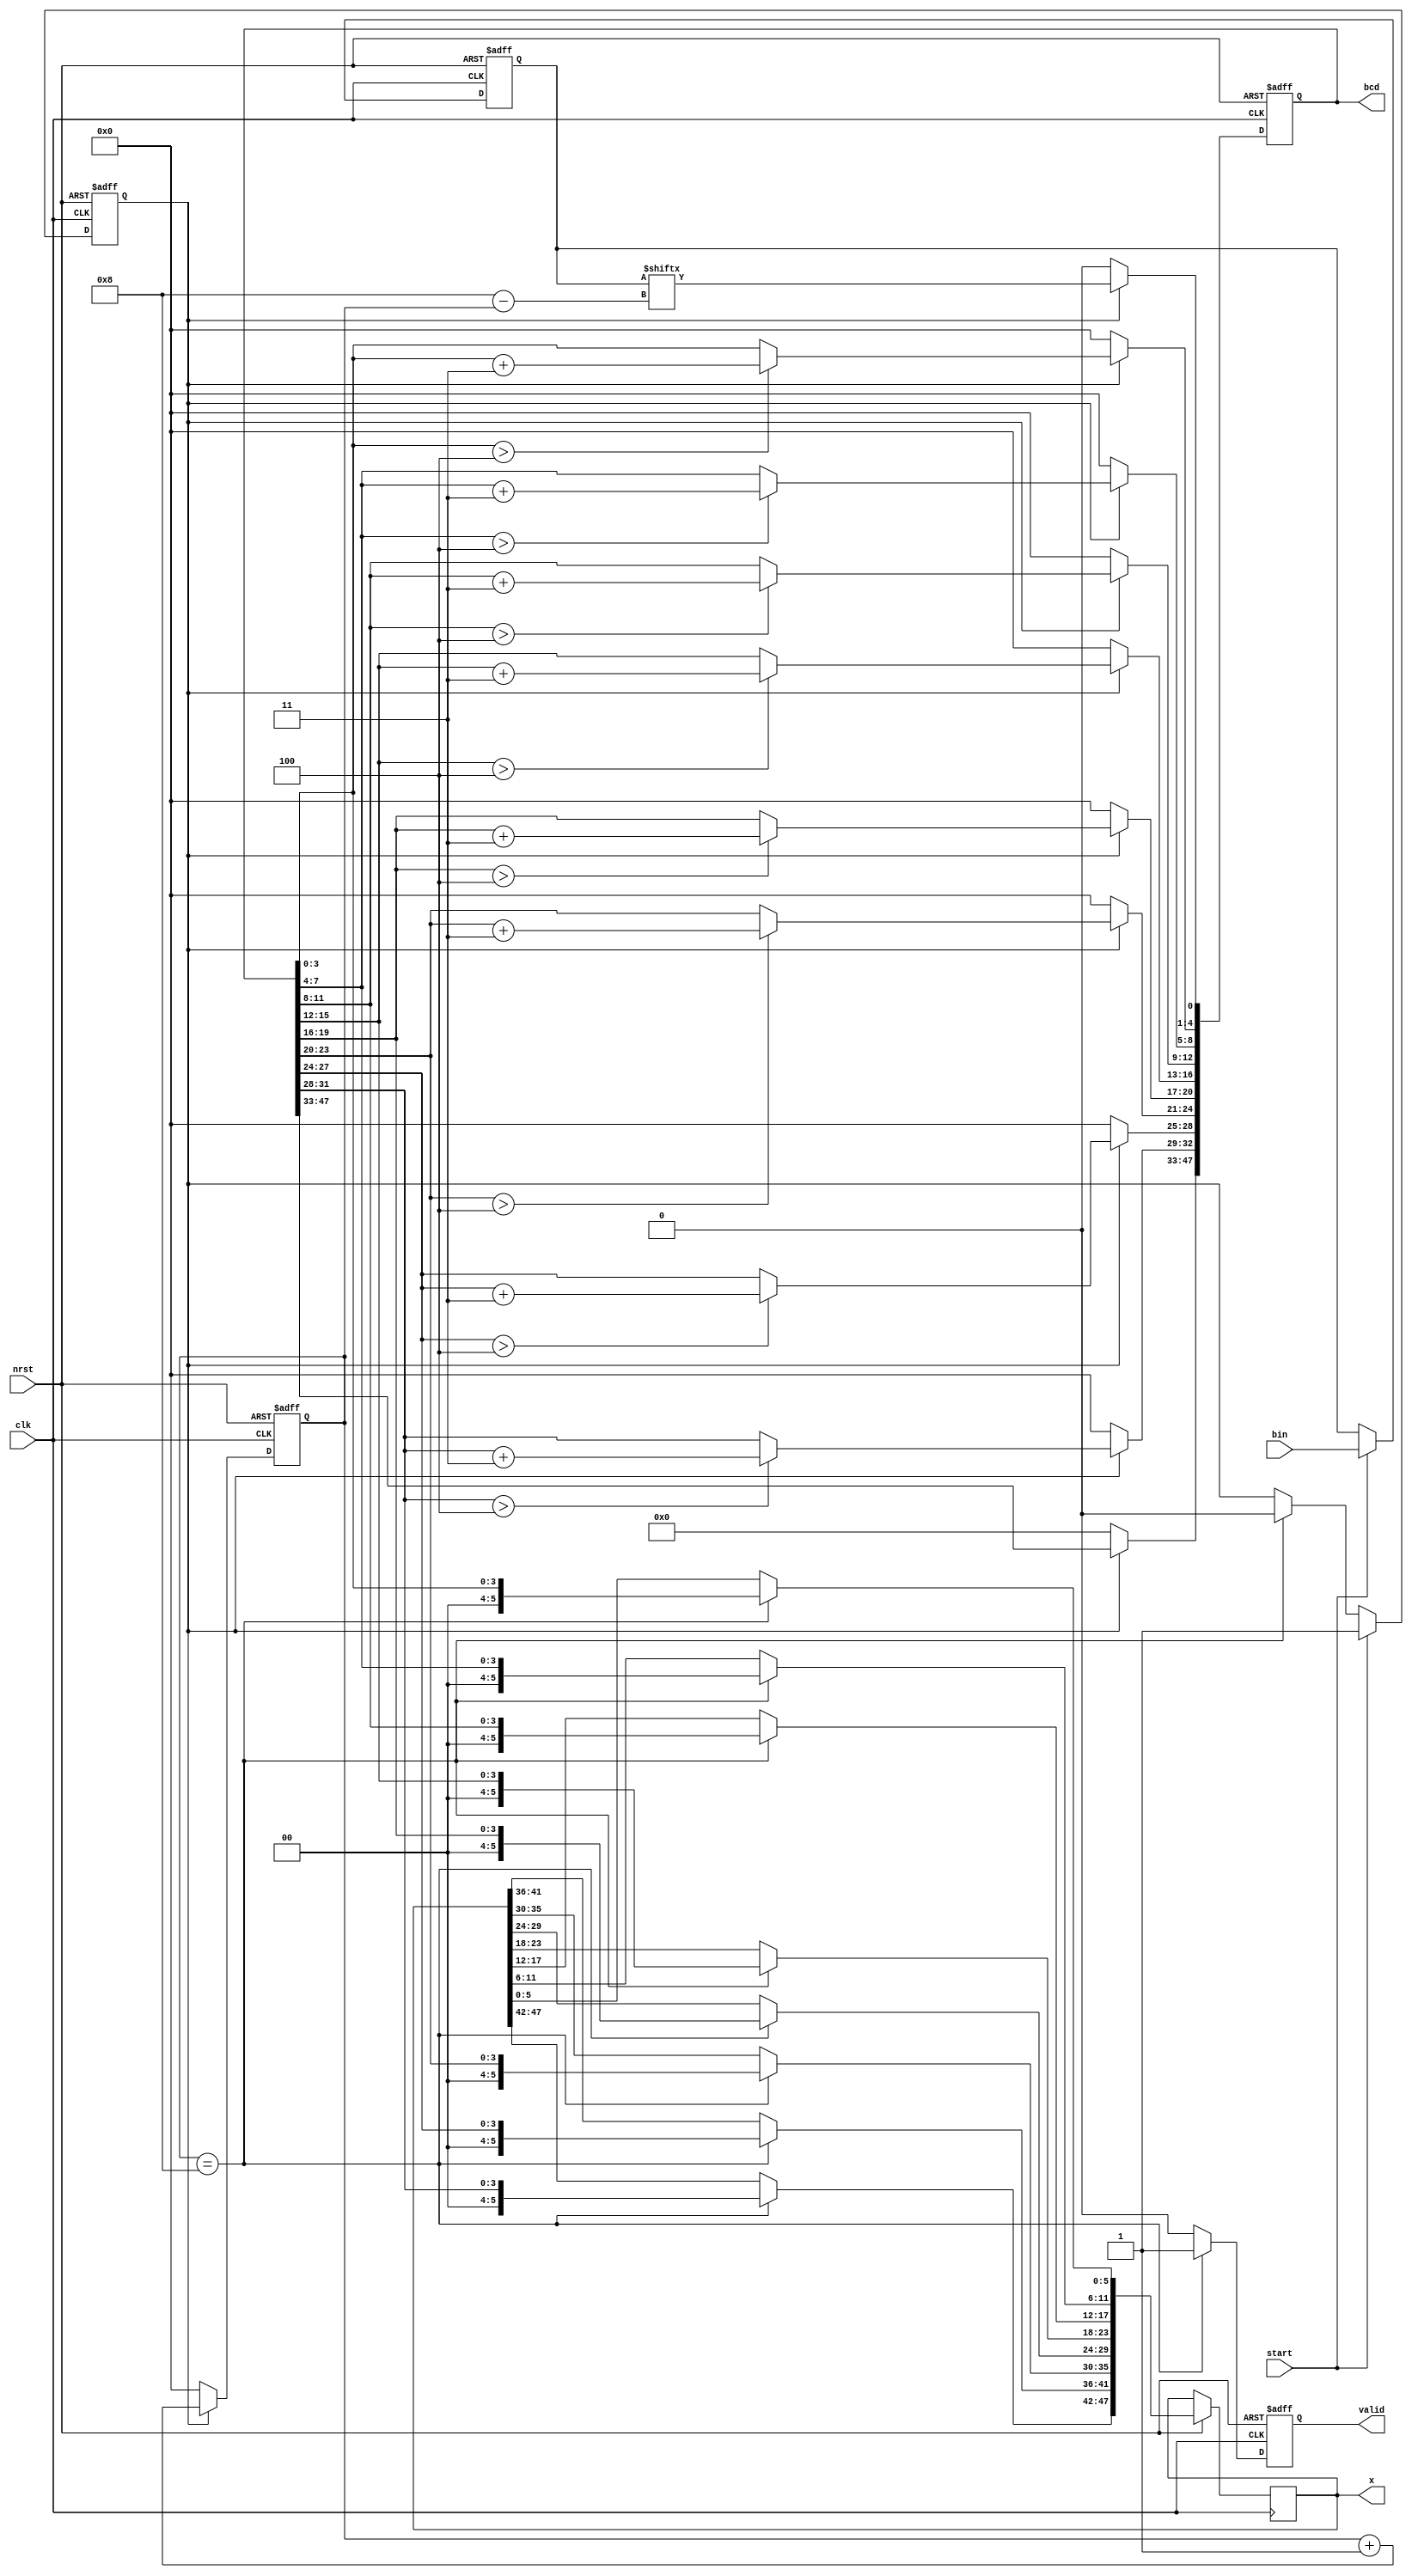
`timescale 1ns / 1ps
//////////////////////////////////////////////////////////////////////////////////
// Company: 
// Engineer: 
// 
// Design Name: 
// Module Name: BinToSeg7
// Project Name: 
// Target Devices: 
// Tool Versions: 
// Description: 
// 
// Dependencies: 
// 
// Revision:
// Revision 0.01 - File Created
// Additional Comments:
// 
//////////////////////////////////////////////////////////////////////////////////


module BinToBCD(
    input wire clk, nrst,
    input wire start,
    output reg valid,
    input [27:0]bin,
    output reg [47:0]bcd,
    output reg [47:0]x
    );   
    reg [27:0] bin_in;
    reg op;
    reg [3:0] cnt;

    always @(posedge clk or negedge nrst) begin
    if(nrst == 0)
            bin_in <= 0;
    else if(start)
        bin_in <= bin;
    end
    
    always @(posedge clk or negedge nrst) begin
        if(nrst == 0)
            op <= 0;
        else if(start)
            op <= 1;
        else if(cnt == 9 - 1)
            op <= 0;
    end

    always @(posedge clk or negedge nrst) begin
        if(nrst == 0)
            cnt <= 0;
        else if(op)
            cnt <= cnt + 1'b1;
        else
            cnt <= 0;
    end

    function [3:0] fout(input reg [3:0] fin);
        fout = (fin > 4) ? fin + 4'd3 : fin;
    endfunction

    always @(posedge clk or negedge nrst) begin
        if(nrst == 0)
            bcd <= 0;
        else if(op) begin
            bcd[0] <= bin_in[8-cnt];
            bcd[4:1] <= fout(bcd[3:0]);
            bcd[8:5] <= fout(bcd[7:4]);
            bcd[12:9] <= fout(bcd[11:8]);
            bcd[16:13] <= fout(bcd[15:12]);
            bcd[20:17] <= fout(bcd[19:16]);
            bcd[24:21] <= fout(bcd[23:20]);
            bcd[28:25] <= fout(bcd[27:24]);
            bcd[32:29] <= fout(bcd[31:28]);
            //bcd[36:33] <= fout(bcd[35:32]);
            //bcd[40:37] <= fout(bcd[39:36]);
            //bcd[44:41] <= fout(bcd[43:40]);
            //bcd[47:45] <= fout(bcd[47:44]);
          end
        else
            bcd <= 0;
    end

    always @(posedge clk or negedge nrst) begin
    if(nrst == 0)
        valid <= 0;
    else if(cnt == 9 - 1) begin
        x[47:0] = 48'b0;
        x[5:0] = bcd[3:0];
        x[11:6] = bcd[7:4];
        x[17:12] = bcd[11:8];
        x[23:18] = bcd[15:12];
        x[29:24] = bcd[19:16];
        x[35:30] = bcd[23:20];
        x[41:36] = bcd[27:24];
        x[47:42] = bcd[31:28];
        
        valid <= 1;end
    else
        valid <= 0;    
    end
endmodule